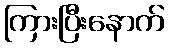
ကြားပြီးနောက်